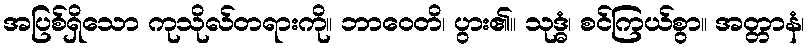
အပြစ်ရှိသော ကုသိုလ်တရားကို။ ဘာဝေတိ၊ ပွား၏။ သုဒ္ဓံ၊ စင်ကြယ်စွာ။ အတ္တာနံ၊